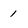
Character: 1